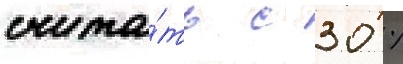
счита́ть с 30 %